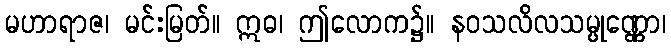
မဟာရာဇ၊ မင်းမြတ်။ ဣဓ၊ ဤလောက၌။ နဝသလိလသမ္ပုဏ္ဏော၊